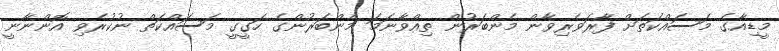
މީޑިއާގެ މަސައްކަތަށް ފާރަވެރިވާން މެންބަރުން ތިއްވާނަމަ މެންބަރުންގެ ހަގީގީ މަސައްކަތް ނުކުރެވި އޮންނާނީ